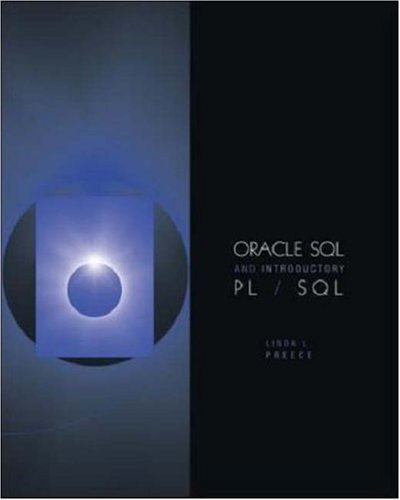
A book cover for Oracle SQL and Introductory PL/SQL; Linda Preece; Computers & Technology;